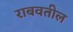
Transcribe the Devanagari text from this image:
राबवतील